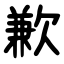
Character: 歉